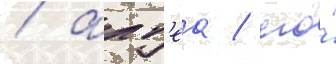
/ алт'еа / его́